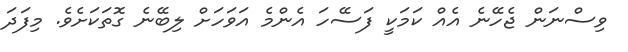
ވިސްނަން ޖެހޭނެ އެއް ކަމަކީ ފަސޭހަ އެންމެ އަވަހަށް ލިބޭނެ ގޮތަކަށެވެ. މިފަދަ